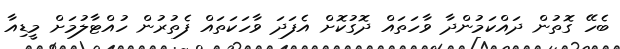
ބެހޭ ގޮތުން ދައްކަމުންދާ ވާހަތައް ދޮގުކޮށް އެފަދަ ވާހަކަތައް ފެތުރުން ހުއްޓާލުމަށް މީޑިއާ